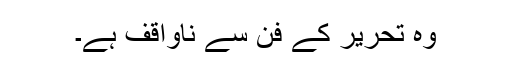
وہ تحریر کے فن سے ناواقف ہے۔